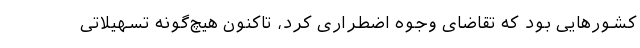
کشور‌هایی بود که تقاضای وجوه اضطراری کرد، تاکنون هیچ‌گونه تسهیلاتی